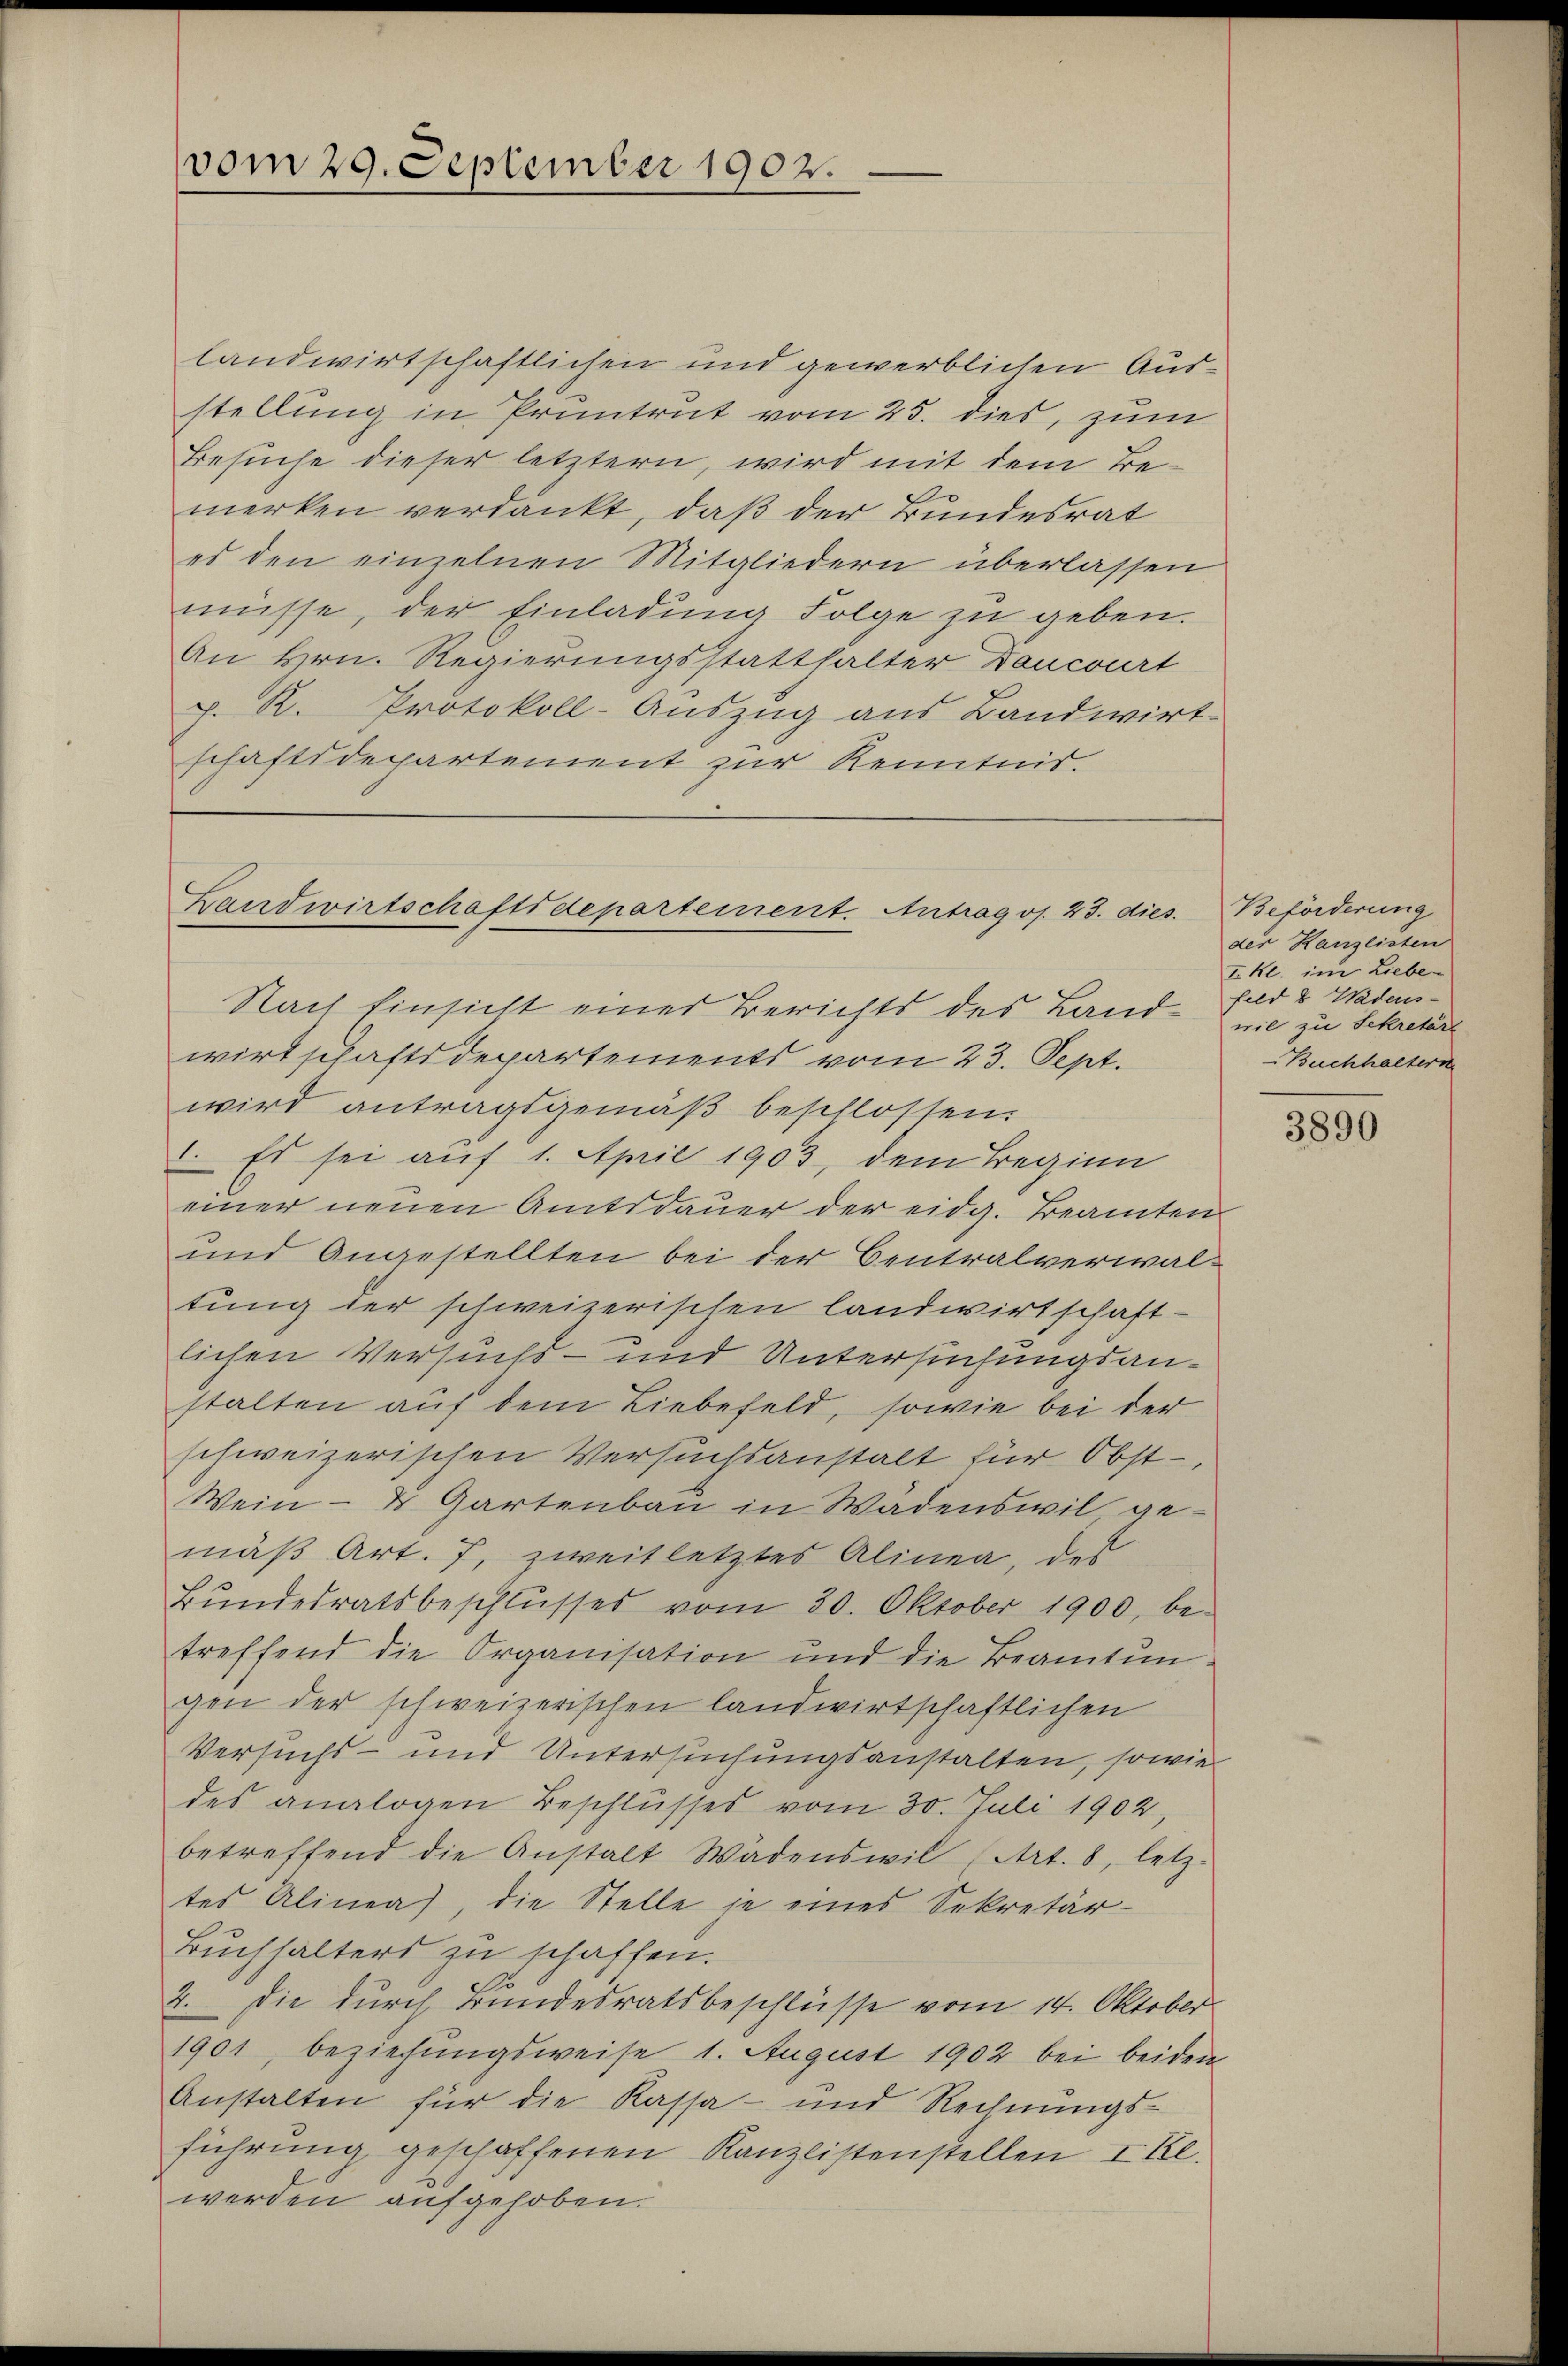
vom 29. September 1902.

landwirtschaftlichen und gewerblichen Ausstellung in Pruntrut vom 25. dies, zum
Besuche dieser letztern, wird mit dem Bemerken verdankt, daß der Bundesrat
es den einzelnen Mitgliedern überlassen
müsse, der Einladung Folge zu geben.
An Hrn. Regierungsstatthalter Doncourt
p. R. Protokoll-Auszug aus Bandwirt-
schaftsdepartement zur Kenntnis.

Landwirtschaftsdepartement. Antragos. 23. dies
Nach Einsicht eines Berichts des Land- nie zu Sekretär

wirtschaftsdepartements vom 23. Sept.
wird antragsgemäß beschlossen.
 Es sei auf 1. April 1903, dem Beginn
einer neuen Amtsdauer der eidg. Beamten
und Angestellten bei der Centralverwaltung der schweizerischen landwirtschaft-
lichen Versuchs- und Untersuchungsanstalten auf dem Liebefeld, sowie bei der
schweizerischen Versuchsanstalt für Obst-
Wein- & Gartenbau in Wadenswil gemäß Art. 7, zweitletztes Alinea, des
Bŭndesratsbeschlusses vom 30. Oktober 1900, be-
treffend die Organisation und die Beamtungen der schweizerischen landwirtschaftlichen
Versuchs- und Untersuchungsanstalten, sowie
des analogen Beschlusses vom 30. Juli 1902,
betreffend die Anstalt Wädenswil (Art. 8, letz-
tes Alinea, die Stelle je eines Sekretär-
Buchhalters zu schaffen.
2. Die durch Bundesratsbeschlüsse vom 14. Oktober
1901, beziehungsweise 1. August 1902 bei beiden
Anstalten für die Kassa- und Rechnungs-
führung geschaffenen Kanzlistenstellen I Kl.
werden aufgehoben.

Beförderung
der Kanzlisten
I. Kl. im Liebe-
feld 8 Wadens-
Buchhaltern

3890